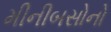
મીનીબસોનો